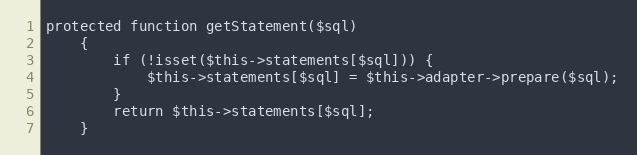
Language: PHP
protected function getStatement($sql)
    {
        if (!isset($this->statements[$sql])) {
            $this->statements[$sql] = $this->adapter->prepare($sql);
        }
        return $this->statements[$sql];
    }